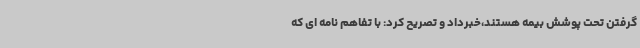
گرفتن تحت پوشش بیمه هستند،خبرداد و تصریح کرد: با تفاهم نامه ای که